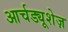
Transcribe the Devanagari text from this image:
आर्चड्यूशेज़